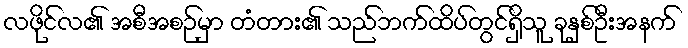
လဖိုင်လ၏ အစီအစဉ်မှာ တံတား၏ သည်ဘက်ထိပ်တွင်ရှိသူ ခုနှစ်ဦးအနက်